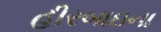
હીરબાઇના